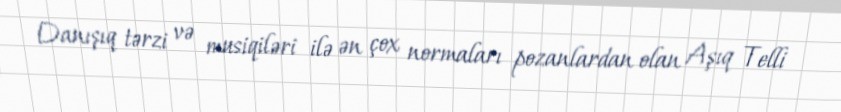
Danışıq tərzi və musiqiləri ilə ən çox normaları pozanlardan olan Aşıq Telli